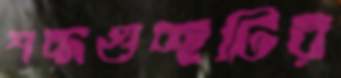
শব্দগুচ্ছটির